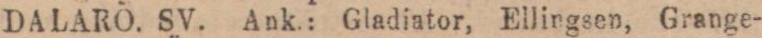
DALARÖ. SV. Ank.: Gladiator, Ellingsen, Grange-